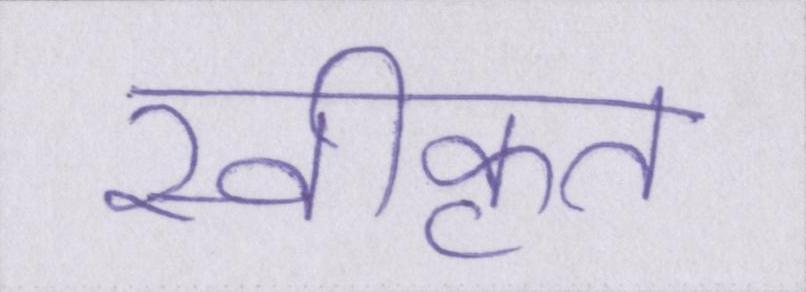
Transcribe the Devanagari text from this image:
स्वीकृत